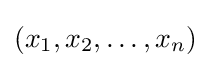
\left(x_{1},x_{2},\ldots ,x_{n}\right)